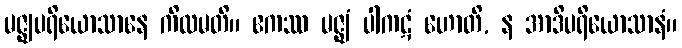
မဇ္ဈပရိယောသာနေ ကိလမတိ။ ဧကဿ မဇ္ဈံ ပါကဋံ ဟောတိ, န အာဒိပရိယောသာနံ။